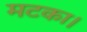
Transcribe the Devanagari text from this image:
मटका।